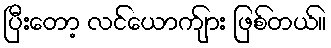
ပြီးတော့ လင်ယောက်ျား ဖြစ်တယ်။